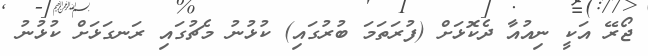
ޖޯރޭ އަކީ ނިއުއާ ދެކޮޅަށް (ފުރަތަމަ ބުރުގައި) ކުޅުނު މެޗުގައި ރަނގަޅަށް ކުޅުނު